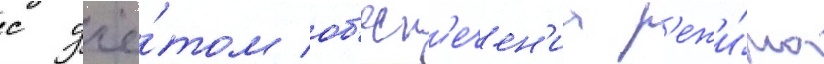
с учё́том об'есп'ечен'иа р'ежи́ма